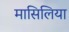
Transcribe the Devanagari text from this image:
मासिलिया